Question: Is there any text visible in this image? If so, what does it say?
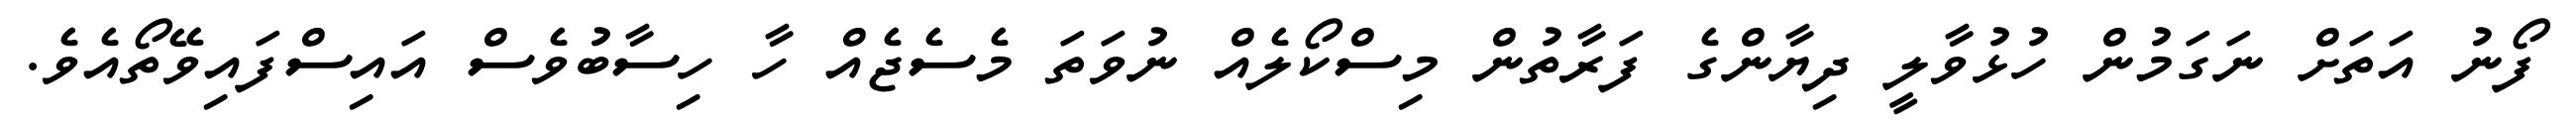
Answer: ފޯނު އަތަށް ނަގަމުން ހުޅުވާލީ ދިޔާންގެ ފަރާތުން މިސްކޯލެއް ނުވަތަ މެސެޖެއް ހާ ހިސާބުވެސް އައިސްފައިވޭތޯއެވެ.